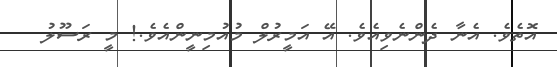
އޮތެވެ. އެނާ ދެންނެވިއެވެ. އޭ އަމީރުލް މުއުމިނީންއެވެ.! މީ ރަސޫލު